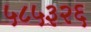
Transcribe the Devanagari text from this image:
५८५३२६